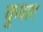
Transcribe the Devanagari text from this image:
कुवाए